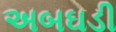
અબઘડી